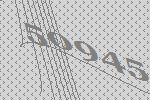
50945